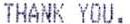
THANK YOU.